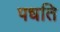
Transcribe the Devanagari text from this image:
पधति